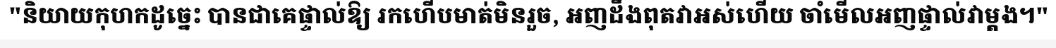
"និយាយកុហកដូច្នេះ បានជាគេផ្ទាល់ឱ្យ រកហើបមាត់មិនរួច, អញដឹងពុតវាអស់ហើយ ចាំមើលអញផ្ទាល់វាម្តង។"